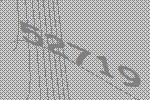
52719